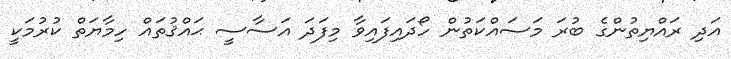
އަދި ރައްޔިތުންގެ ބުރަ މަސައްކަތުން ހޯދައިފައިވާ މިފަދަ އަސާސީ ޙައްޤުތައް ހިމާޔަތް ކުރުމަކީ